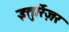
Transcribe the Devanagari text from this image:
इतुर्रिज़र